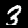
Digit: 3